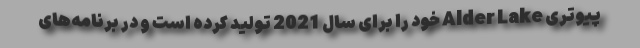
پیوتری Alder Lake خود را برای سال 2021 تولید کرده است و در برنامه‌های